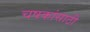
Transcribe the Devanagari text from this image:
चषकांसाठी